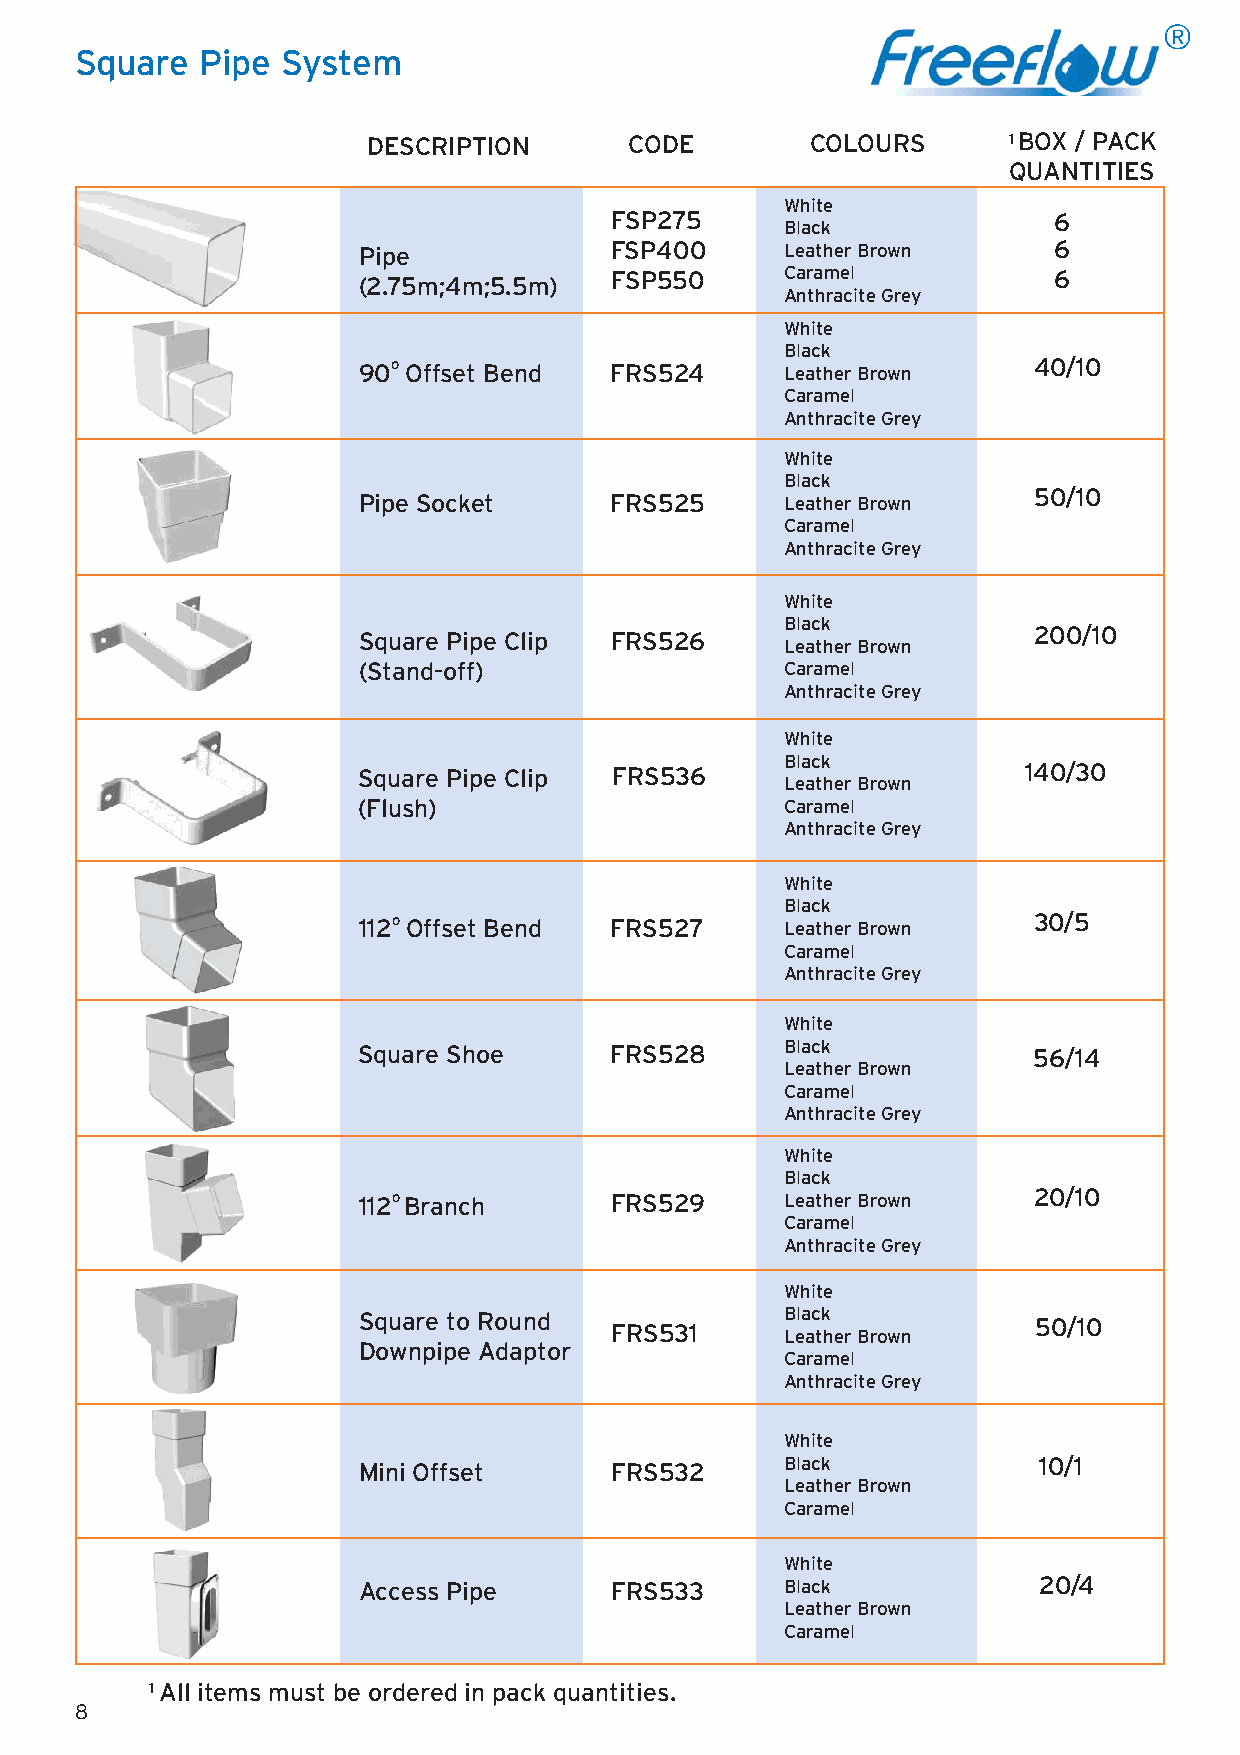
®
 Square  Pipe  System
 DESCRIPTION       CODE        COLOURS      1 BOX / PACK
 QUANTITIES
 White
 FSP275                        6
 Black
 Pipe            FSP400      Leather Brown     6
 (2.75m;4m;5.5m) FSP550      Caramel           6
 Anthracite Grey
 White
 Black
 90o Offset Bend FRS524      Leather Brown   40/10
 Caramel
 Anthracite Grey
 White
 Black
 Pipe Socket     FRS525      Leather Brown   50/10
 Caramel
 Anthracite Grey
 White
 Black
 Square Pipe Clip FRS526                     200/10
 Leather Brown
 (Stand-off)                 Caramel
 Anthracite Grey
 White
 Black
 Square Pipe Clip FRS536                     140/30
 Leather Brown
 (Flush)                     Caramel
 Anthracite Grey
 White
 Black
 112o Offset Bend FRS527     Leather Brown   30/5
 Caramel
 Anthracite Grey
 White
 Square Shoe     FRS528      Black           56/14
 Leather Brown
 Caramel
 Anthracite Grey
 White
 Black
 112o Branch     FRS529      Leather Brown   20/10
 Caramel
 Anthracite Grey
 White
 Square to Round FRS531      B Lela ac tk her Brown 50/10
 Downpipe Adaptor
 Caramel
 Anthracite Grey
 White
 Black            10/1
 Mini Offset     FRS532
 Leather Brown
 Caramel
 White
 Access Pipe     FRS533      Black            20/4
 Leather Brown
 Caramel
 1 All items must be ordered in pack quantities.
 8